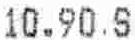
10.90 S